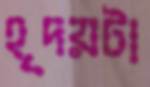
হৃদয়টা